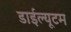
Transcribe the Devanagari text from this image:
डाईल्यूटम